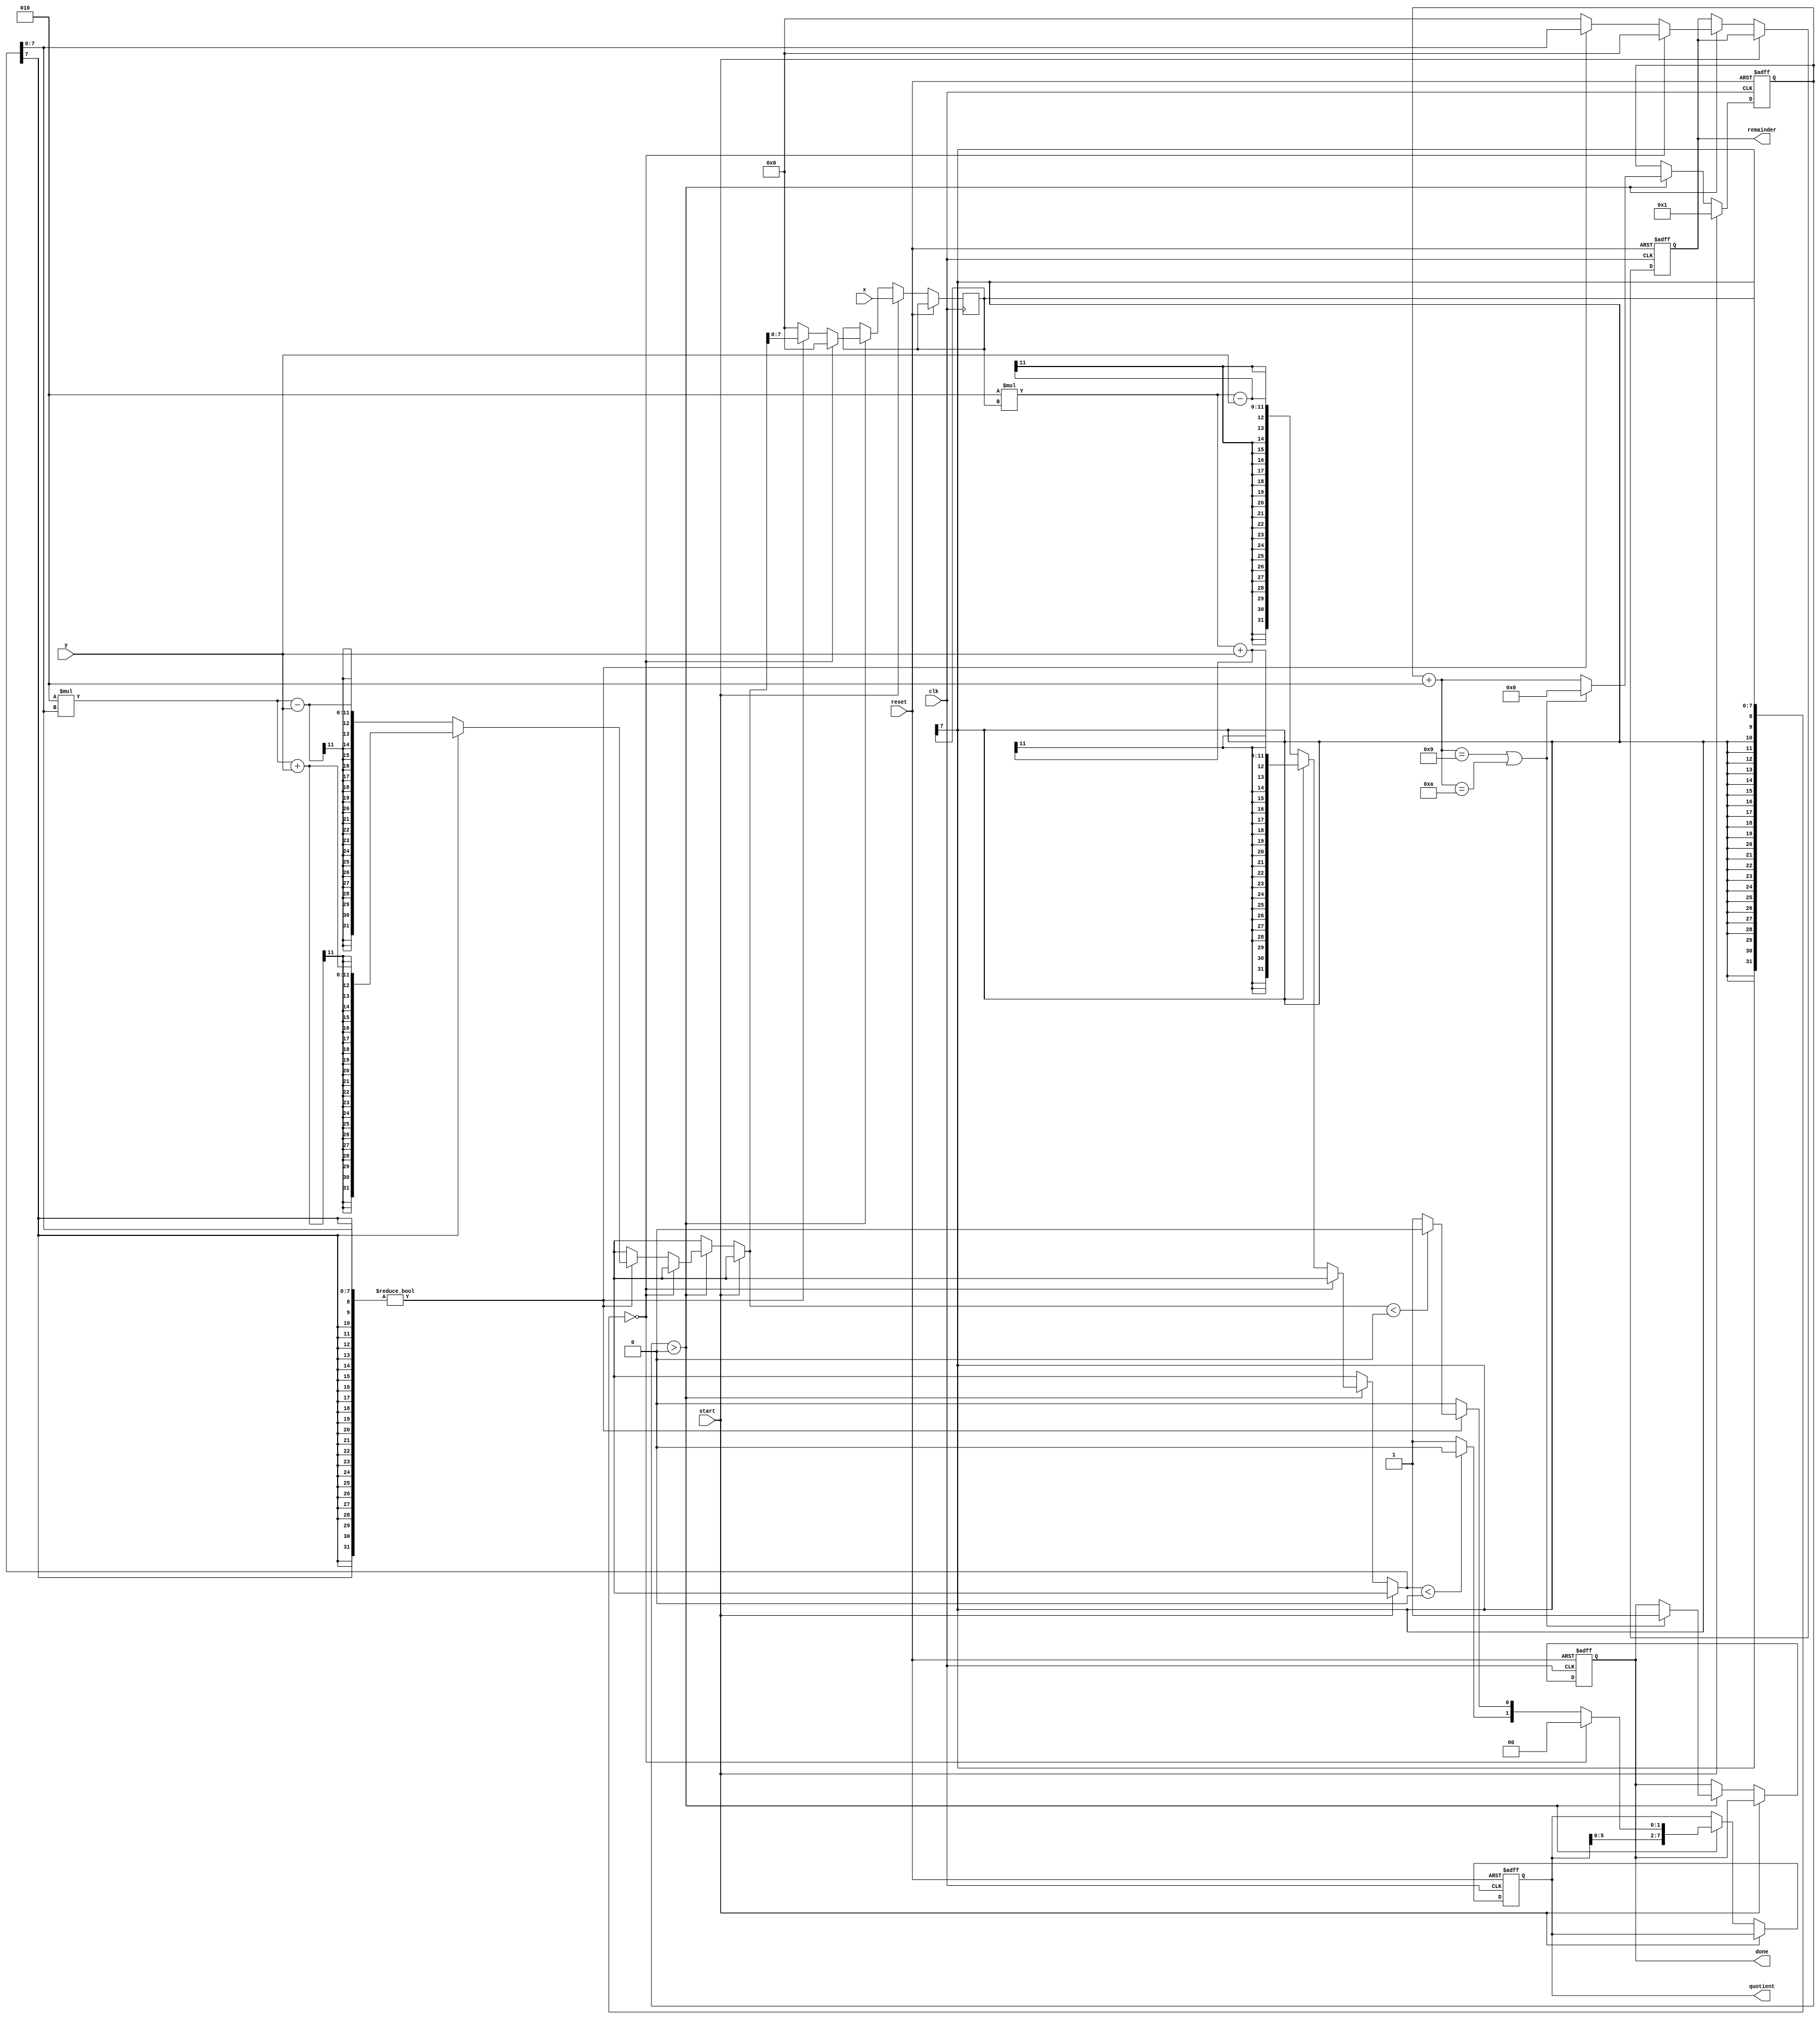
module rd #(parameter n=8, p=8) (output wire [p-1:0] quotient, remainder, output wire done,
    input wire signed [n-1:0] x, y, input wire clk, reset, start);
    reg signed [p-1:0] r, rnext;
    reg [p-1:0] q, w, f;
    integer count;
    reg qbit, done_tick, d;
    integer z, t, i;

    assign quotient = q;
    assign remainder = r;
    assign done = done_tick;

    always @(posedge clk, posedge reset) begin
      if (reset) begin count = 0; done_tick = 1'b0; qbit = 1'b0; q = 0; r = 0; w=0; f=0 ;  end
      else if (start) begin rnext = x; count = 1; end
      else if (count>0) begin
            d=1'b0;
            t= rnext;
            if (t == 0) begin 
                f = {q[p-2:0], d};
                
                rnext = 0;

                q = {f[p-2:0], d};
                r= rnext;
                rnext = 0;  
                count = count +2;
                if (count==p+1||count==p+2) begin count=0; done_tick = 1'b1; end
            end
            else begin

        
                
                qbit = 1'b0;
                if (rnext[p-1]==0) begin z = 2*rnext - y; end
                else if (rnext[p-1]==1) begin z = 2*rnext + y; end 
                    rnext = z;
                    if (z<0) begin qbit = 1'b0; end
                    else begin qbit = 1'b1; end

                    w = {q[p-2:0], qbit};
                    i = rnext;
                    if (i!=0) begin   
                        r = rnext;
                        qbit = 1'b0;
                        if (rnext[p-1]==0) begin z = 2*r - y; end
                        else if (rnext[p-1]==1) begin z = 2*r + y; end 
                        rnext = z;
                        if (z<0) begin qbit = 1'b0; end
                        else begin qbit = 1'b1; end
                    end
                    else begin
                        rnext=0;
                        r= rnext;
                        qbit = 0;
                    end
                    q = {w[p-2:0], qbit};
                    count = count + 2;
                    if (count==p+1||count==p+2) begin count=0; done_tick = 1'b1; end
            end
        end
    end
endmodule